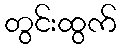
တွင်းထွက်